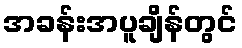
အခန်းအပူချိန်တွင်